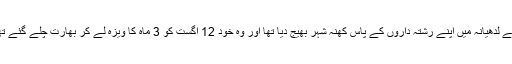
بلدیو کمار نے کچھ ماہ پہلے اپنی فیملی کو پاکستان سے لدھیانہ میں اپنے رشتہ داروں کے پاس کھنہ شہر بھیج دیا تھا اور وہ خود 12 اگست کو 3 ماہ کا ویزہ لے کر بھارت چلے گئے تھے تاہم اب ان کا پاکستان واپس آنے کا ارادہ نہیں ہے۔